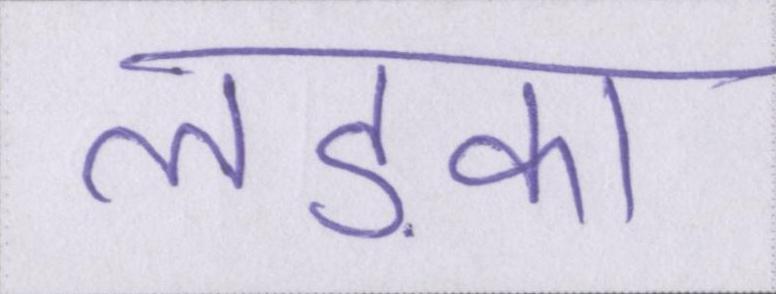
लड़का